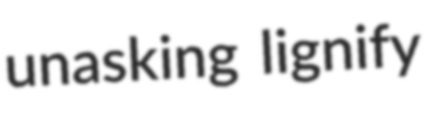
unasking lignify